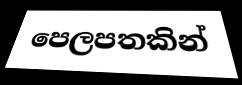
පෙලපතකින්